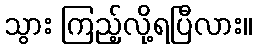
သွား ကြည့်လို့ရပြီလား။